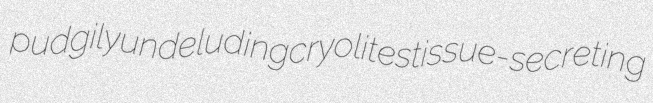
pudgily undeluding cryolites tissue-secreting